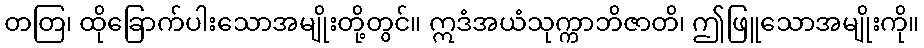
တတြ၊ ထိုခြောက်ပါးသောအမျိုးတို့တွင်။ ဣဒံအယံသုက္ကာဘိဇာတိ၊ ဤဖြူသောအမျိုးကို။